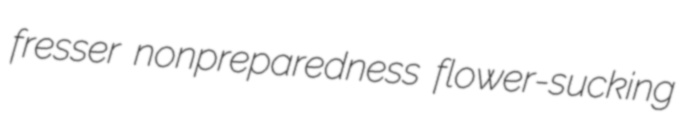
fresser nonpreparedness flower-sucking